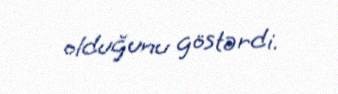
olduğunu göstərdi.